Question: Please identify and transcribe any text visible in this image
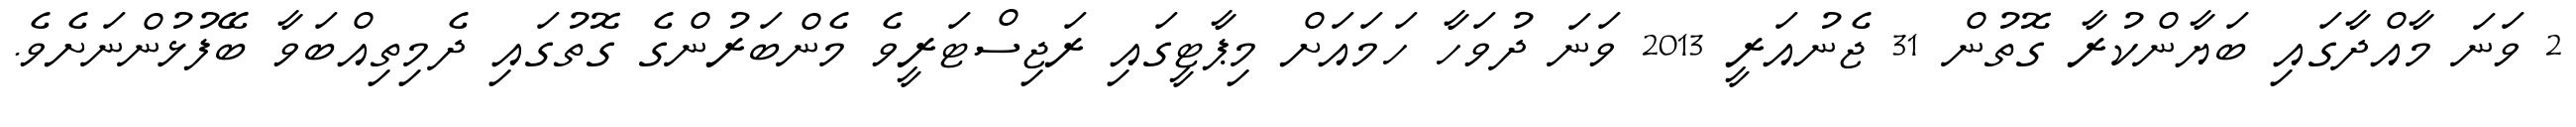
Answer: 2 ވަނަ މާއްދާގައި ބަޔާންކުރާ ގޮތުން 31 ޖެނުއަރީ 2013 ވަނަ ދުވަހާ ހަމައަށް މިޕާޓީގައި ރަޖިސްޓަރީވެ މެންބަރުންގެ ގޮތުގައި ދެމިތިއްބަވާ ބޭފުޅުންނަށެވެ.